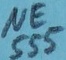
Text: NE555